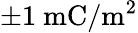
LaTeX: \pm 1~\mathrm{mC}/\mathrm{m^{2}}